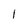
Character: 1